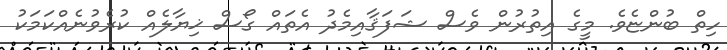
ހިތް ބުންޏެވެ. މީގެ އިތުރުން ވެސް ޝަފަޤާއިމެދު އެތައް ގޯސް ޚިޔާލެއް ކުރެވުނެއްކަމަކު